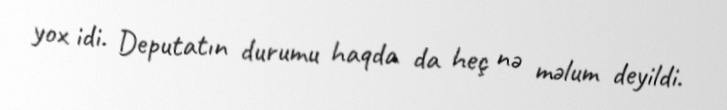
yox idi. Deputatın durumu haqda da heç nə məlum deyildi.